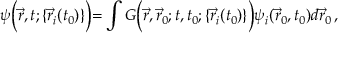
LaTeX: \psi \Bigl ( \vec { r } , t ; \{ \vec { r } _ { i } ( t _ { 0 } ) \} \Bigl ) = \int G \Bigl ( \vec { r } , \vec { r } _ { 0 } ; t , t _ { 0 } ; \{ \vec { r } _ { i } ( t _ { 0 } ) \} \Bigl ) \psi _ { i } ( \vec { r } _ { 0 } , t _ { 0 } ) d \vec { r } _ { 0 } \, ,